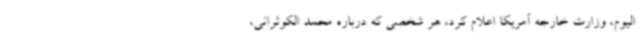
الیوم، وزارت خارجه آمریکا اعلام کرد، هر شخصی که درباره محمد الکوثرانی،